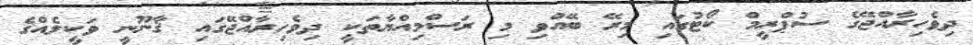
ދިވެހިރާއްޖޭގެ ސުޕްރީމް ކޯޓުގައި މިރޭ ބޭއްވި މި ރަސްމިއްޔާތަކީ ދިވެހިރާއްޖޭގައި ޤާނޫނީ ވަކީލެއްގެ